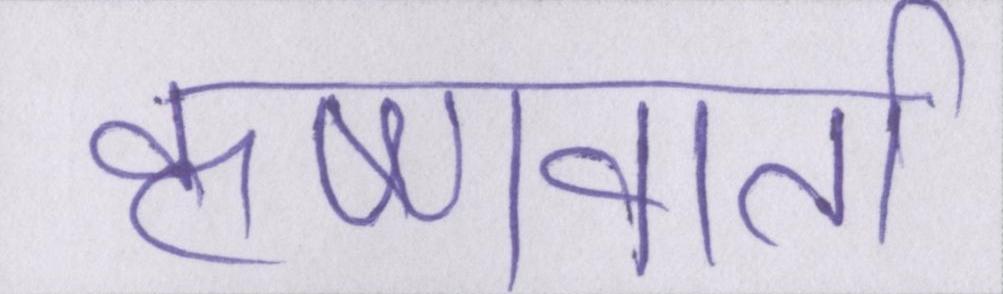
कृष्णवार्ता